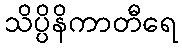
သိပ္ပိနိကာတီရေ